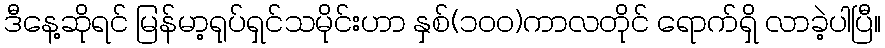
ဒီနေ့ဆိုရင် မြန်မာ့ရုပ်ရှင်သမိုင်းဟာ နှစ်(၁၀၀)ကာလတိုင် ရောက်ရှိ လာခဲ့ပါပြီ။